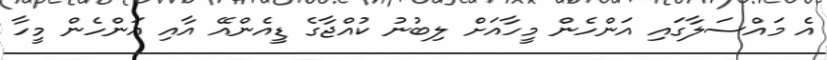
އެ މައްސަލާގައި އަންހެން މީހާއަށް ލިބުނު ކުއްޖާގެ ޑީއެންއޭ އާއި އަންހެން މީހާ